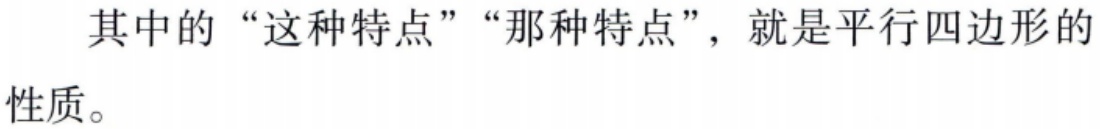
其中的“这种特点”“那种特点”，就是平行四边形的性质。